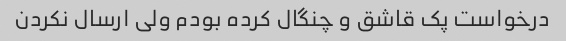
درخواست پک قاشق و چنگال کرده بودم ولی ارسال نکردن